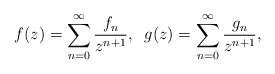
LaTeX: \begin{align*}&f(z)=\sum_{n=0}^\infty \frac{f_n}{z^{n+1}}, \;\; g(z)=\sum_{n=0}^\infty \frac{g_n}{z^{n+1}} ,\end{align*}